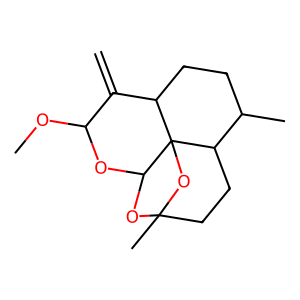
SMILES: C=C1C(OC)OC2OC3(C)CCC4C(C)CCC1C24O3
Inhibits HIV replication: No